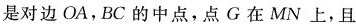
别是对边OA，BC的中点，点G在MN上，且